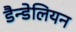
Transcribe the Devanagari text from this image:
डैन्डेलियन